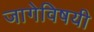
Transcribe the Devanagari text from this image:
जागेविषयी